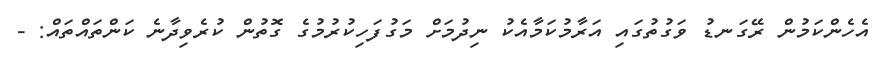
އެހެންކަމުން ރޭގަނޑު ވަގުތުގައި އަރާމުކަމާއެކު ނިދުމަށް މަގުފަހިކުރުމުގެ ގޮތުން ކުރެވިދާނެ ކަންތައްތައް: -